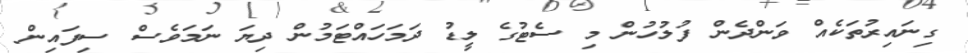
ގިނައިރުތަކެއް ވަންދެން ފުލުހުން މި ސެޓުގެ ލީޑު ދަމަހައްޓަމުން ދިޔަ ނަމަވެސް ސިފައިން